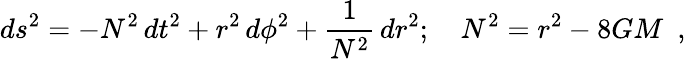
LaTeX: ds^{2}=-N^{2}\, dt^{2}+r^{2}\, d\phi^{2}+{\frac{1}{N^{2}}}\, dr^{2};~~~~N^{2}=r^{2}-8GM\ \ ,